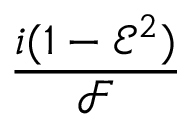
\frac { i ( 1 - { \mathcal { E } } ^ { 2 } ) } { { \mathcal { F } } }